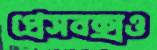
প্রেসবক্সও